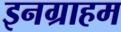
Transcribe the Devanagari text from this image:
इनग्राहम